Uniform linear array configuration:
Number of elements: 48
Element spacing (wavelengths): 0.5
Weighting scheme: kaiser
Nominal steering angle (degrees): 60
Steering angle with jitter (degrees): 60.054
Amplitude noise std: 0.05
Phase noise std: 0.05

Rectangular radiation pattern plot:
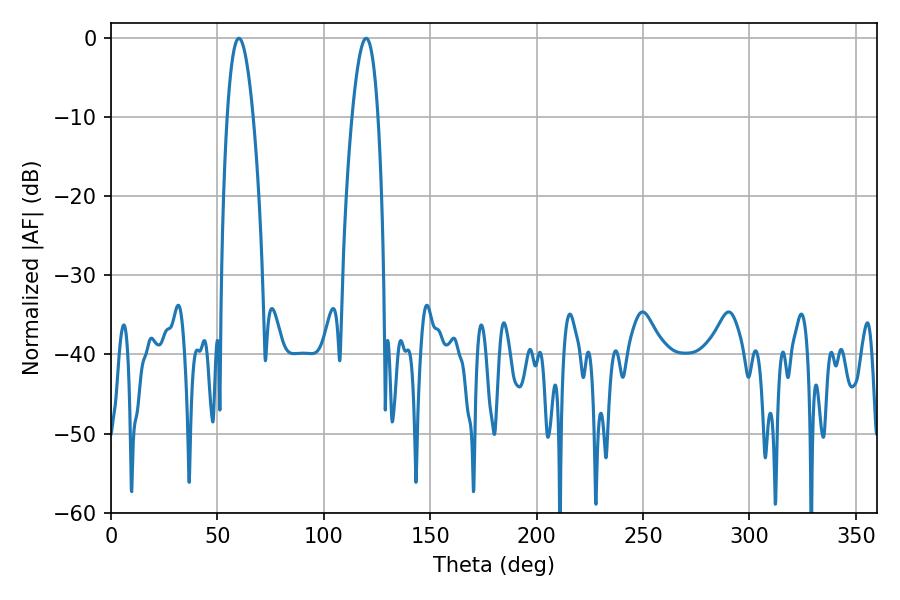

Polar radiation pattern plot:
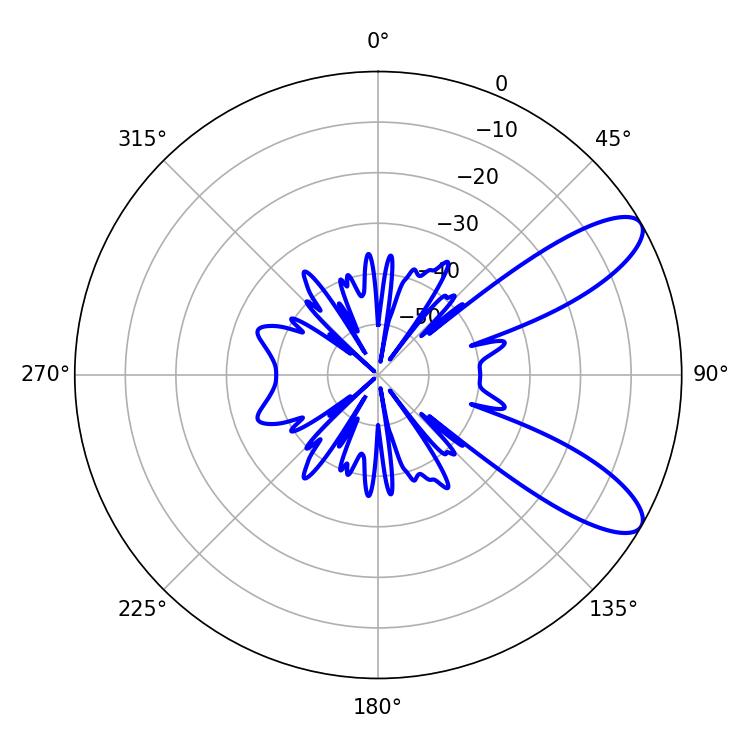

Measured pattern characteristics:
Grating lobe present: FALSE
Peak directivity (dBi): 9.601
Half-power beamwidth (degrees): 6.66
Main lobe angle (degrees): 119.88